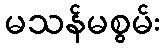
မသန်မစွမ်း